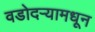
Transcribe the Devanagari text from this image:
वडोदऱ्यामधून